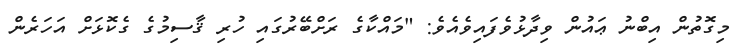
މިގޮތުން އިބްނު ޢައުން ވިދާޅުވެފައިވެއެވެ: "މައްކާގެ ރަށްބޭރުގައި ހުރި ޤާސިމުގެ ގެކޮޅަށް އަހަރެން